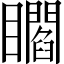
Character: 𥌸